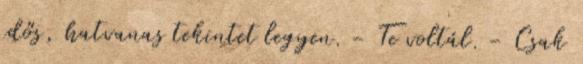
idős, hatvanas tekintet legyen. - Te voltál. - Csak